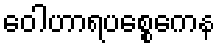
ဝေါဟာရပစ္စေကေန